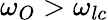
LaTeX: \omega_{O}>\omega_{lc}